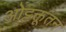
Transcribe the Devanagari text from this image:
ओट्टक्तूतन